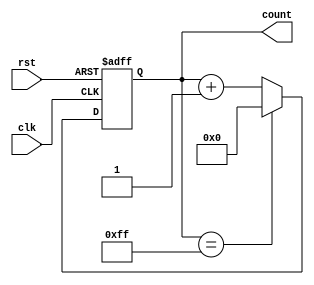
module ModulusCounter (
    input wire clk,
    input wire rst,
    output reg [7:0] count
);

parameter MODULUS = 255; // Maximum count value

always @(posedge clk or posedge rst) begin
    if (rst) begin
        count <= 0;
    end else begin
        if (count == MODULUS) begin
            count <= 0;
        end else begin
            count <= count + 1;
        end
    end
end

endmodule